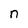
Character: n